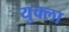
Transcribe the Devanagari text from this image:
युक्ला